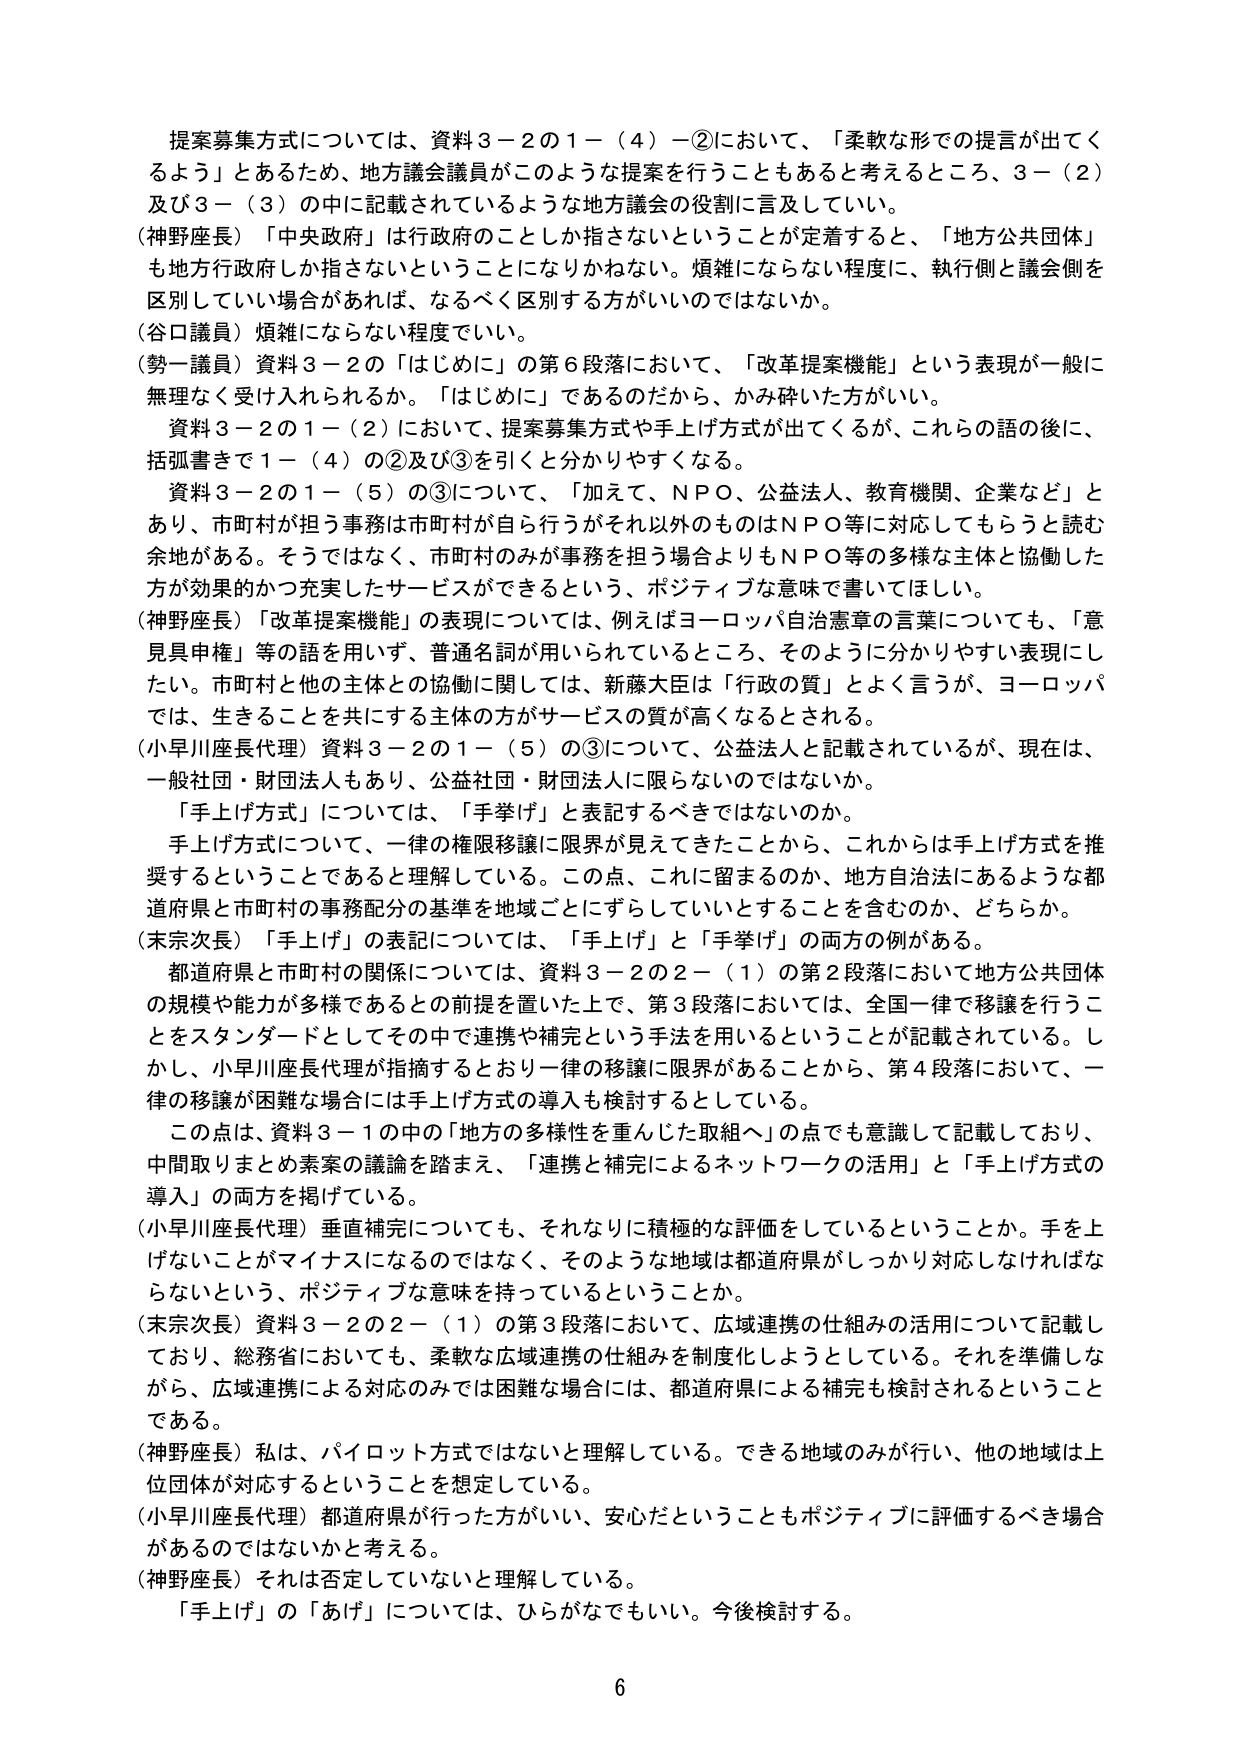
提案募集方式については、資料３－２の１－（４）－②において、「柔軟な形での提言が出てくるよう」とあるため、地方議会議員がこのような提案を行うこともあると考えるところ、３－（２）及び３－（３）の中に記載されているような地方議会の役割に言及していい。

（神野座長）「中央政府」は行政政府のことしか指さないということが定着すると、「地方公共団体」も地方行政府しか指さないということになりかねない。煩雑にならない程度に、執行側と議会側を区別していい場合があれば、なるべく区別する方がいいのではないか。

（谷口議員）煩雑にならない程度でいい。

（勢一議員）資料３－２の「はじめに」の第６段落において、「改革提案機能」という表現が一般に無理なく受け入れられるか。「はじめに」であるのだから、かみ砕いた方がいい。

資料３－２の１－（２）において、提案募集方式や手上げ方式が出てくるが、これらの語の後に、括弧書きで１－（４）の②及び③を引くと分かりやすくなる。

資料３－２の１－（５）の③について、「加えて、ＮＰＯ、公益法人、教育機関、企業など」とあり、市町村が担う事務は市町村が自ら行うがそれ以外のものはＮＰＯ等に対応してもらうと読む余地がある。そうではなく、市町村のみが事務を担う場合よりもＮＰＯ等の多様な主体と協働した方が効果的かつ充実したサービスができるという、ポジティブな意味で書いてほしい。

（神野座長）「改革提案機能」の表現については、例えばヨーロッパ自治憲章の言葉についても、「意見具申権」等の語を用いず、普通名詞が用いられているところ、そのように分かりやすい表現にしたい。市町村と他の主体との協働に関しては、新藤大臣は「行政の質」とよく言うが、ヨーロッパでは、生きることを共にする主体の方がサービスの質が高くなるとされる。

（小早川座長代理）資料３－２の１－（５）の③について、公益法人と記載されているが、現在は、一般社団・財団法人もあり、公益社団・財団法人に限らないのではないか。

「手上げ方式」については、「手挙げ」と表記するべきではないのか。

手上げ方式について、一律の権限移譲に限界が見えてきたことから、これからは手上げ方式を推奨するということであると理解している。この点、これに留まるのか、地方自治法にあるような都道府県と市町村の事務配分の基準を地域ごとにずらしていいとすることを含むのか、どちらか。

（末宗次長）「手上げ」の表記については、「手上げ」と「手挙げ」の両方の例がある。

都道府県と市町村の関係については、資料３－２の２－（１）の第２段落において地方公共団体の規模や能力が多様であるとの前提を置いた上で、第３段落においては、全国一律で移譲を行うことをスタンダードとしてその中で連携や補完という手法を用いるということが記載されている。しかし、小早川座長代理が指摘するとおり一律の移譲に限界があることから、第４段落において、一律の移譲が困難な場合には手上げ方式の導入も検討するとしている。

この点は、資料３－１の中の「地方の多様性を重んじた取組へ」の点でも意識して記載しており、中間取りまとめ素案の議論を踏まえ、「連携と補完によるネットワークの活用」と「手上げ方式の導入」の両方を掲げている。

（小早川座長代理）垂直補完についても、それなりに積極的な評価をしているということか。手を上げないことがマイナスになるのではなく、そのような地域は都道府県がしっかり対応しなければならないという、ポジティブな意味を持っているということか。

（末宗次長）資料３－２の２－（１）の第３段落において、広域連携の仕組みの活用について記載しており、総務省においても、柔軟な広域連携の仕組みを制度化しようとしている。それを準備しながら、広域連携による対応のみでは困難な場合には、都道府県による補完も検討されるということである。

（神野座長）私は、パイロット方式ではないと理解している。できる地域のみが行い、他の地域は上位団体が対応するということを想定している。

（小早川座長代理）都道府県が行った方がいい、安心だということもポジティブに評価するべき場合があるのではないかと考える。

（神野座長）それは否定していないと理解している。

「手上げ」の「あげ」については、ひらがなでもいい。今後検討する。

6